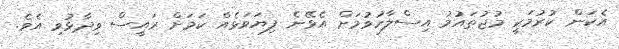
އެކަން ކުރުމަކީ މުޖުތައުމު އިސްލާހުވުމަށް އެޅޭނެ ފިޔަވަޅެއް ކަމަށް ރައީސް ވިދާޅުވި އެވެ.